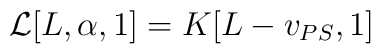
{\cal L}[L, \alpha,1 ] = K[ L - v_{PS} , 1 ]